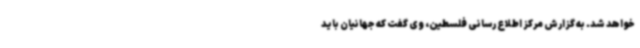
خواهد شد. به گزارش مرکز اطلاع رسانی فلسطین، وی گفت که جهانیان باید